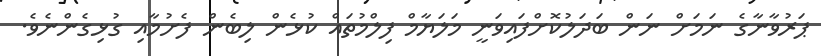
ޕަރުވާނާގެ ނަމަށް ނަން ބަދަލުކޮށްފައިވަނީ މަލަޔާމް ފިލްމުތައް ކުޅެން ލިބެން ފެށުމާއި ގުޅިގެންނެވެ.